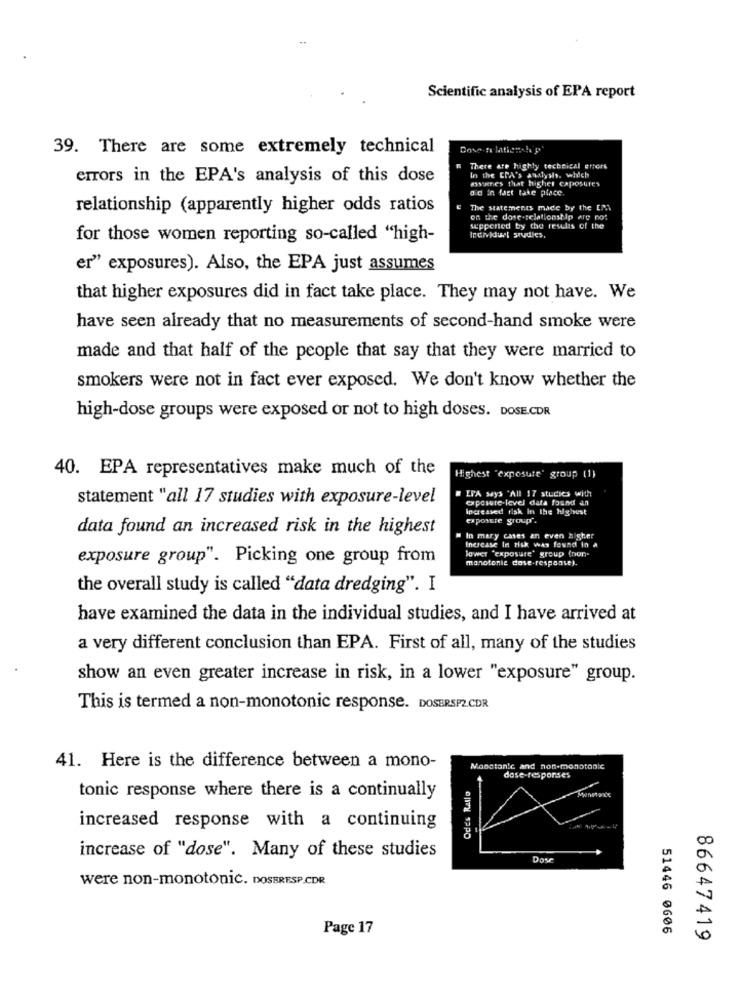
Scientific analysis of EPA report
39. There are some extremely technical
Dose nu lationch
" There are highly techeical errors
errors in the EPA's analysis of this dose
In the EPA's analysis. which
asuenes that higher caposures
did in fact take place.
relationship (apparently higher odds ratios
E The statements made by the EMT
on the dose -relationship are not
supported by the results of the
for those women reporting so-called "high-
Individuel studies,
er" exposures). Also, the EPA just assumes
that higher exposures did in fact take place. They may not have. We
have seen already that no measurements of second-hand smoke were
made and that half of the people that say that they were married to
smokers were not in fact ever exposed. We don't know whether the
high-dose groups were exposed or not to high doses. DOSE.CDR
40. EPA representatives make much of the
Highest "exposure' group (1)
EPA says "All 17 studies with
statement "all 17 studies with exposure-level
exposure-level data found in
increased risk in the highest
exposure group'.
data found an increased risk in the highest
In mary cases an even higher
Increase In risk was found in a
lower "exposure' group (non-
exposure group". Picking one group from
monotonie case -respaase).
the overall study is called "data dredging". I
have examined the data in the individual studies, and I have arrived at
a very different conclusion than EPA. First of all, many of the studies
show an even greater increase in risk, in a lower "exposure" group.
This is termed a non-monotonic response. DOSERSP2.CDR
41. Here is the difference between a mono-
Mobstanic and non-monotonie
dose-responses
Odes Ratlo
tonic response where there is a continually
increased response with a continuing
increase of "dose". Many of these studies
Dose
were non-monotonic. DOSERESP.CDR
Page 17
51446 0606
86647419